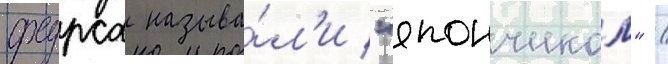
фурса называ́л'и "япончиком" /